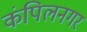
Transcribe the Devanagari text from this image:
कंपिलनगर